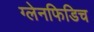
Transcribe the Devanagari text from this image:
ग्लेनफिडिच